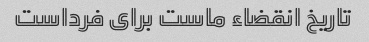
تاریخ انقضاء ماست برای فرداست